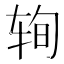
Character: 𰺆